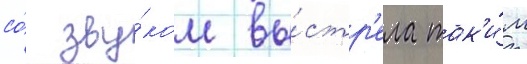
со́ зву́ком вы́стр'ела так'и́м